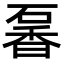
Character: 𥔡